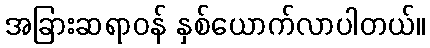
အခြားဆရာဝန် နှစ်ယောက်လာပါတယ်။